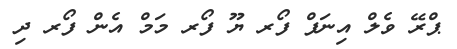
ޕްރޭ ވެލް އިނަފް ފޯރ ޔޫ ފޯރ މަމް އެން ފޯރ ދި